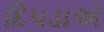
દિપડાએ